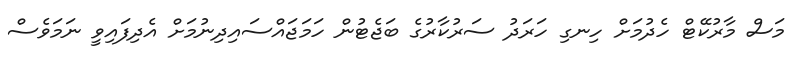
މަސް މާރުކޭޓް ހެދުމަށް ހިނގި ހަރަދު ސަރުކާރުގެ ބަޖެޓުން ހަމަޖައްސައިދިނުމަށް އެދިފައިވީ ނަމަވެސް